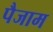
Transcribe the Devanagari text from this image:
पैजाम